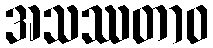
အသဿတာဝ